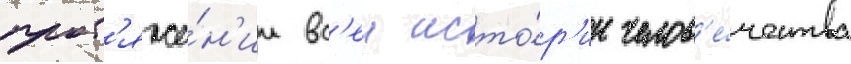
прот'яже́н'ии вс'еи исто́р'ии челов'е́чества